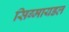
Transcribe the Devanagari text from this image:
सिग्मायडल